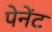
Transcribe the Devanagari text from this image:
पेनेंट